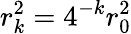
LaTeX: r_{k}^{2}=4^{-k}r_{0}^{2}